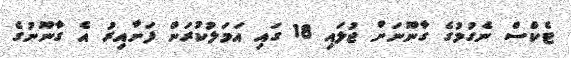
ޓެކްސް ނެގުމުގެ ގާނޫނަށް ޖުލައި 18 ގައި އަމަލުކުރަން ފަށާއިރު އެ ގާނޫނުގެ